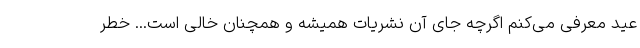
عید معرفی می‌کنم اگرچه جای آن نشریات همیشه و همچنان خالی است... خطر